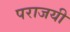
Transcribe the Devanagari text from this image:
पराजयी